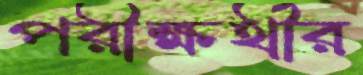
পরীক্ষর্থীর